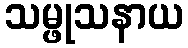
သမ္ဖုသနာယ